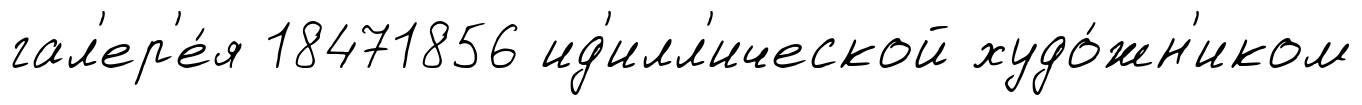
гал'ер'е́я 18471856 ид'илл'ической худо́жн'иком